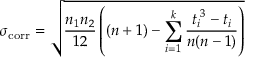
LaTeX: \sigma _ { \mathrm { c o r r } } = { \sqrt { { \frac { n _ { 1 } n _ { 2 } } { 1 2 } } \left( ( n + 1 ) - \sum _ { i = 1 } ^ { k } { \frac { { t _ { i } } ^ { 3 } - t _ { i } } { n ( n - 1 ) } } \right) } }